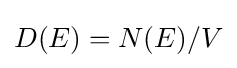
D(E)=N(E)/V